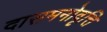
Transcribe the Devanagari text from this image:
दासमनोवृत्ति